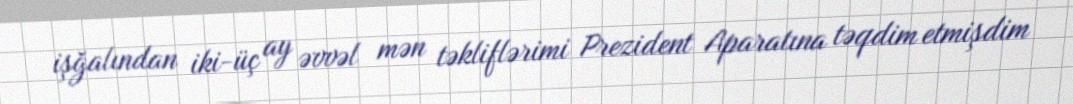
işğalından iki-üç ay əvvəl mən təkliflərimi Prezident Aparatına təqdim etmişdim